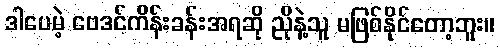
ဒါပေမဲ့ ဗေဒင်ကိန်းခန်းအရဆို ညိုနဲ့သူ မဖြစ်နိုင်တော့ဘူး။